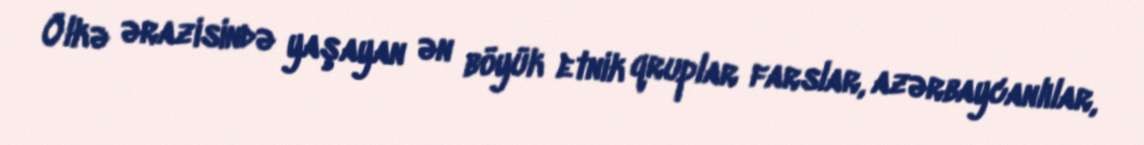
Ölkə ərazisində yaşayan ən böyük etnik qruplar farslar, azərbaycanlılar,